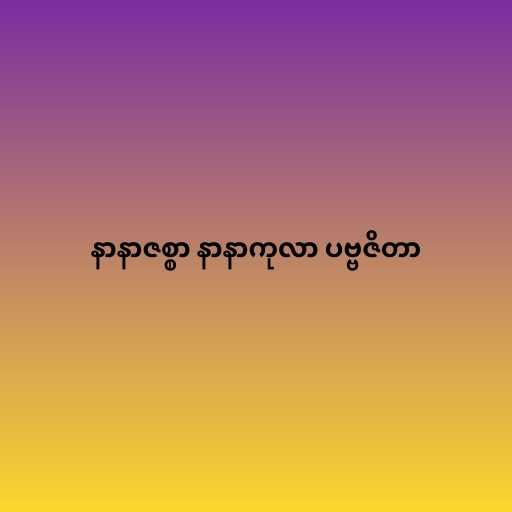
နာနာဇစ္စာ နာနာကုလာ ပဗ္ဗဇိတာ